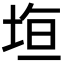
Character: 𭎤